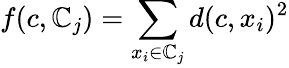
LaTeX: f(c,\mathbb{C}_{j})=\sum_{x_{i}\in\mathbb{C}_{j}}d(c,x_{i})^{2}